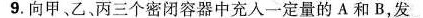
9.向甲、乙丙三个密闭容器中充入一定量的A和B，发